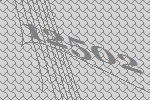
12502